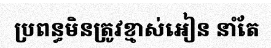
ប្រពន្ធមិនត្រូវខ្មាស់អៀន នាំតែ